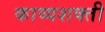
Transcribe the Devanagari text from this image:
काव्यशक्ती